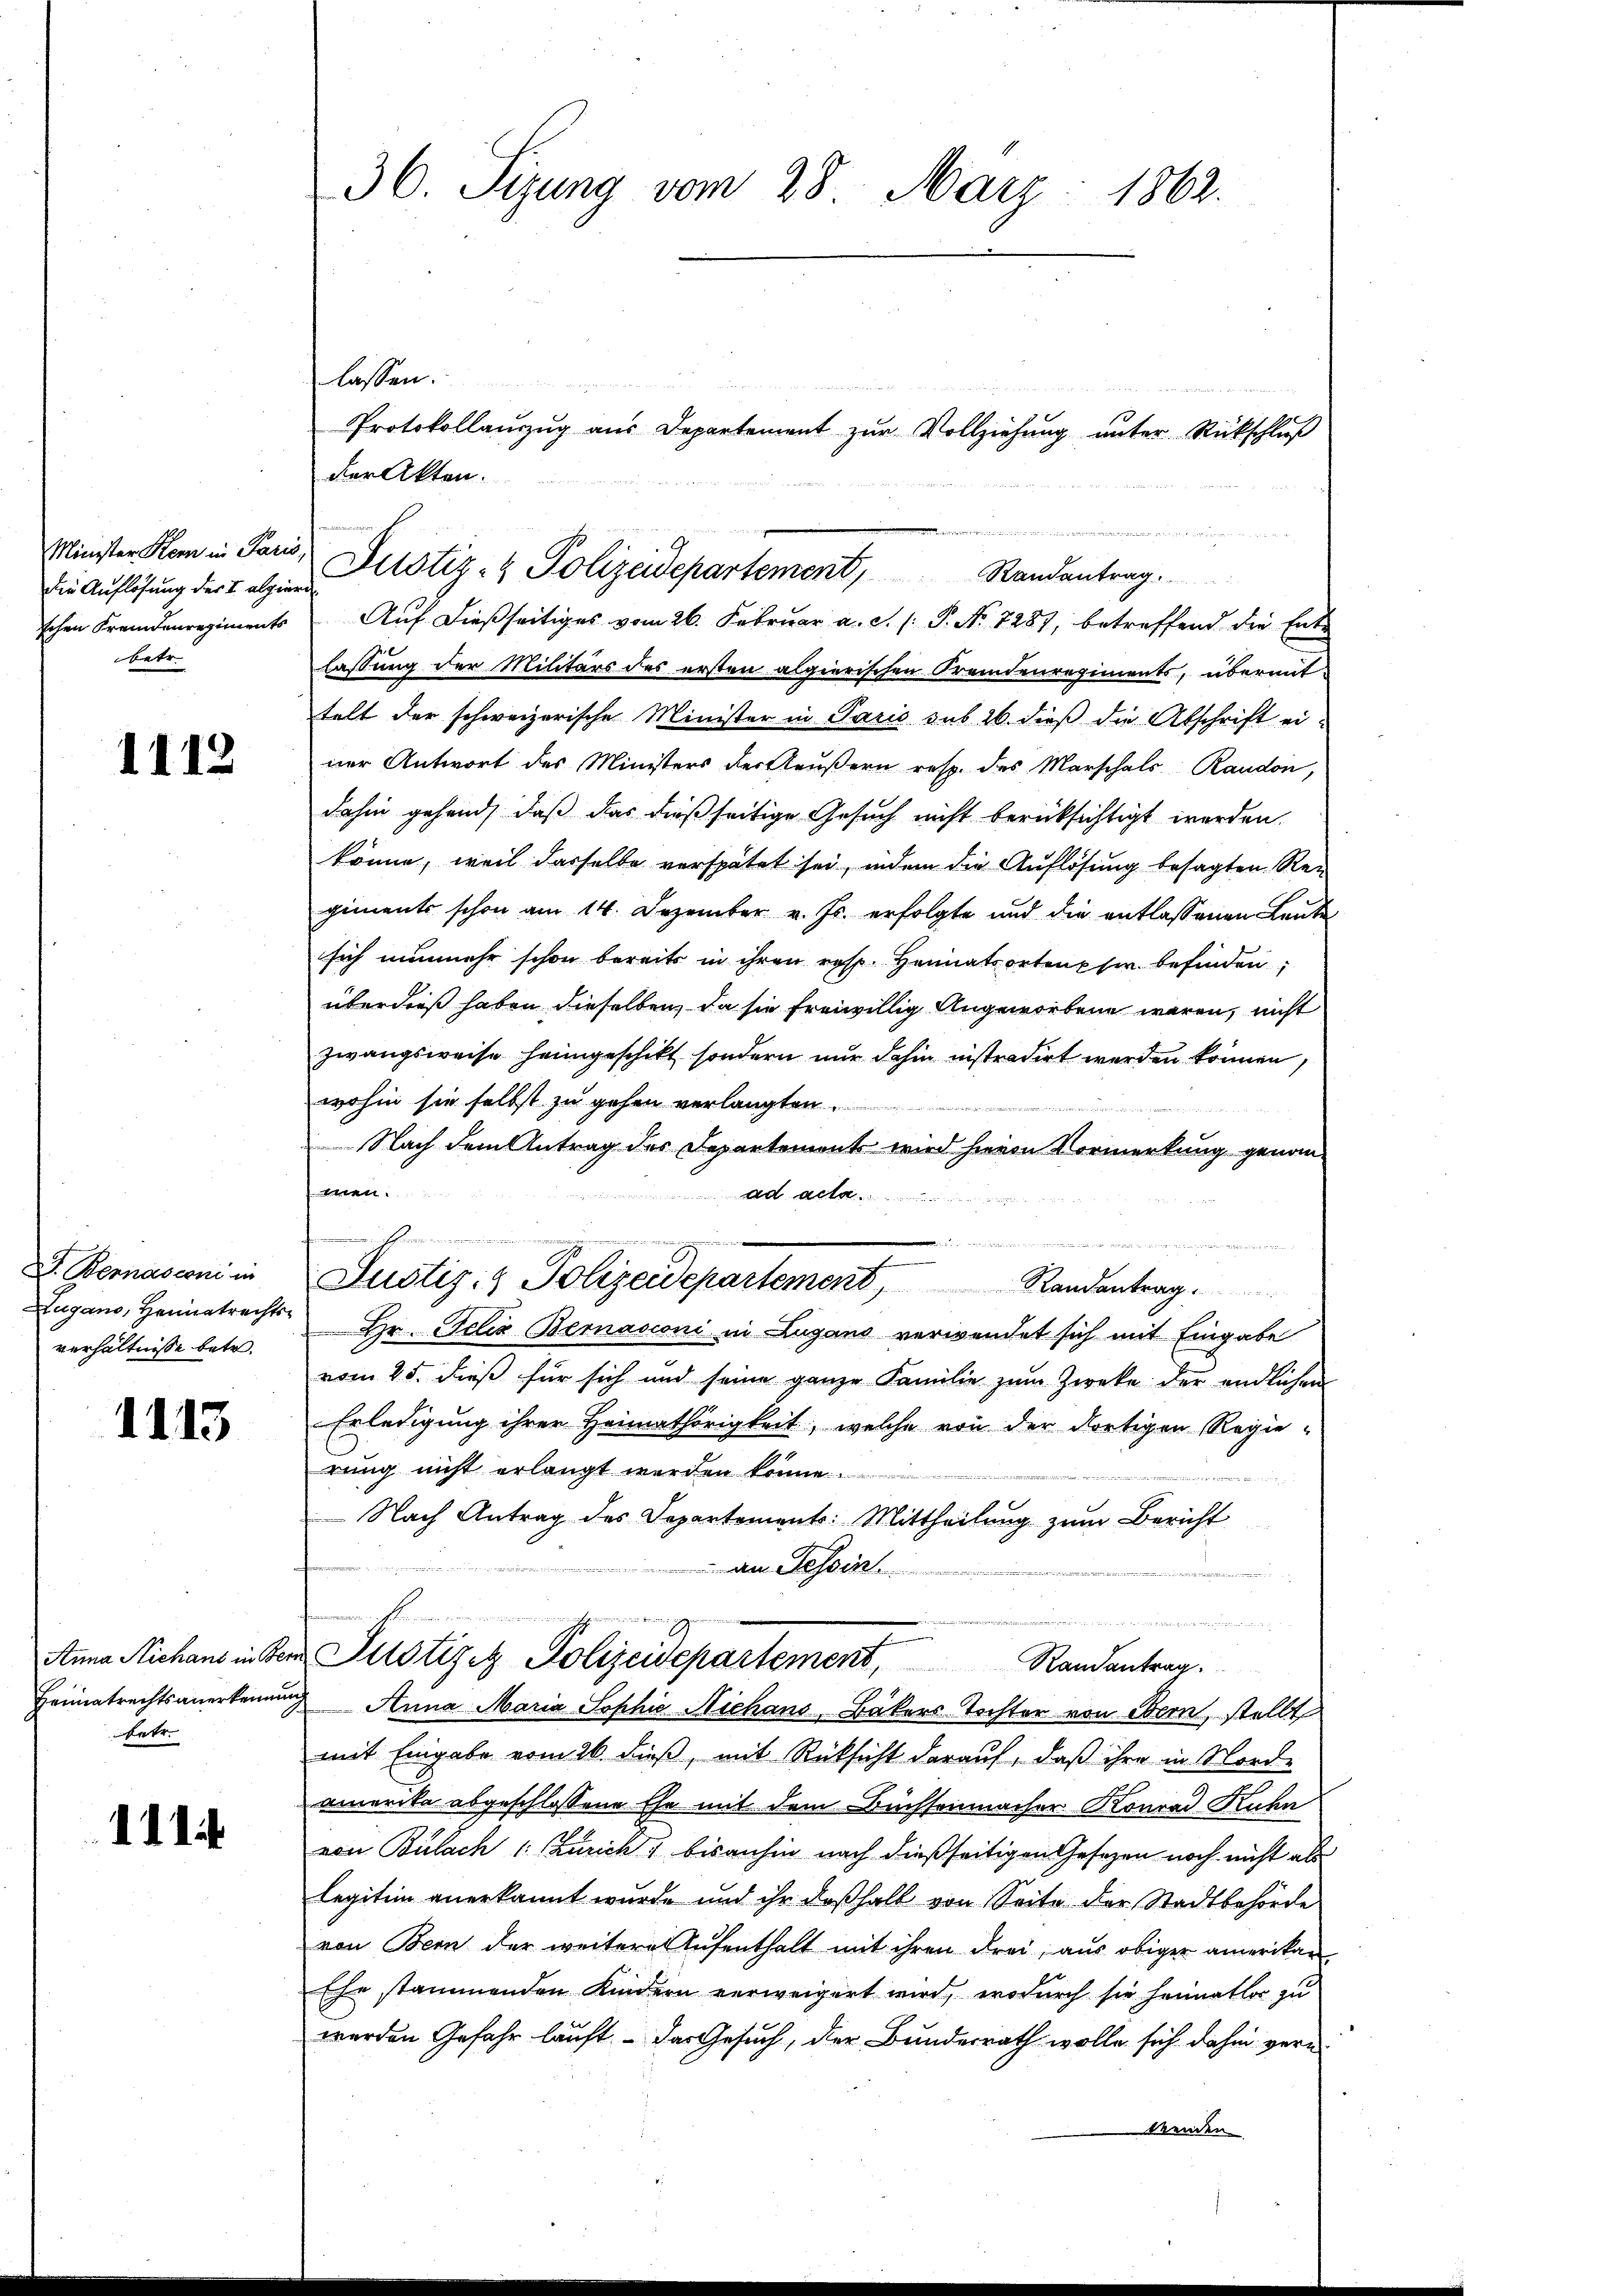
Minister Kern in Paris,
schen Fremdenregiments
betr.

1112

D. Bernasconi in
Zugano, Heimatrechts-
verhältnisse betr.

1113

Anna Niehans in Ber
Heimatrechtsanerkennen
betr.

111

36. Sizung vom 28. März 1862.

Auf dießseitiges vom 26. Februar a. c. /: P. Nr. 7287, betreffend die Entlassung der Militärs des ersten algierischen Fremdenregiments, übermittelt der schweizerische Minister in Paris sub 26. dieß die Abschrift einer Antwort des Ministers der Aeußern resp. des Marschals Raudon,
dahin gehend, daß das dießseitige Gesuch nicht berücksichtigt werden.
könne, weil dasselbe verspätet sei, indem die Auflösung besagten Rei
giments schon am 14. Dezember v. Js. erfolgte und die entlassenen Leute
sich nunmehr schon bereits in ihren resp. Heimatsortenphir befinden,
überdieß haben dieselben, da sie freiwillig angeworbene waren, nicht
zwangsweise heimgeschikt, sondern nur dahin instradirt werden können,
wohin sie selbst zu gehen verlangten

Nach dem Antrag des Departements wird hievon Vormerkung genomeen.
ad acte

Justiz- & Polizeidepartement, Randantrag
 Hr. Felix Bernasconi in Lugano verwendet sich mit Eingabe
vom 25. dieß für sich und seine ganze Familie zŭm Zwecke der endlichen
Erledigung ihrer Heimathörigkeit, welche von der dortigen Regie-
rung nicht erlangt werden könne.
.
 Nach Antrag des Departements: Mittheilung zum Bericht
m
an Tessin.
Kammenmemorirunge
e
Justiziz Polizeidepartement, Randantrag.
 Anna Maria Sophie Nichans, Bäkers Tochter von Bern, stellt
mit Eingabe vom 26. dieß, mit Rücksicht darauf, daß ihre in Nord-
amerika abgeschlossene Ehe mit dem Büchseinnacher Konrad Kuhn
von Bülach 1. Zürich, bisanhin nach dießseitigen Gesetzen noch nicht als
legitim anerkannt wurde und ihr deßhalb von Seite der Stadtbehörde
von Bern der weitere Aufenthalt mit ihren Frei, aus obiger amerikan
Ehe stammenden Kindern verweigert wird, wodurch sie heimatlos zu
werden Gefahr lauft – das Gesuch, der Bundesrath wolle sich dahin vernbenden

lassen.
der Akten.

die Auflösung der Talien Mitstiz- & Polizeidepartement, Randantrag

Protokollauszug aus Departement zur Vollziehung unter Rückschluß